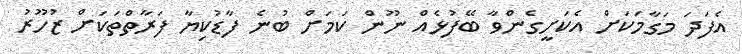
އެފަދަ މަގާމަކަށް އެކަށީގެންވާ ބޭފުޅެއް ނޫން ކަމަށް ބުނެ ފާޑުކިޔާ ފަރާތްތަކަށް ޒުހޫރު